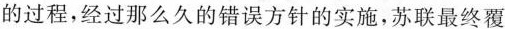
的过程，经过那么久的错误方针的实施，苏联最终覆